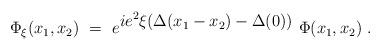
LaTeX: \begin{align*}\Phi_{\xi}(x_1,x_2)\ =\ e^{{\displaystyle ie^2\xi (\Delta(x_1-x_2) -\Delta(0))}}\ \Phi(x_1,x_2)\ .\end{align*}